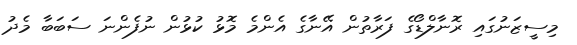
މިސީޒަނުގައި ރޮނާލްޑޯގެ ފަރާތުން އޭނާގެ އެންމެ މޮޅު ކުޅުން ނުފެންނަ ސަބަބާ މެދު